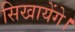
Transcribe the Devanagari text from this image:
सिखायेंगे।